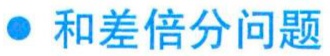
$\bullet$ 和差倍分问题